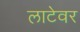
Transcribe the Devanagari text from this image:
लाटेवर